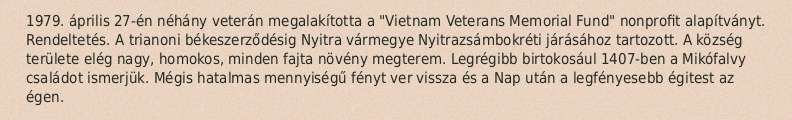
1979. április 27-én néhány veterán megalakította a "Vietnam Veterans Memorial Fund" nonprofit alapítványt. Rendeltetés. A trianoni békeszerződésig Nyitra vármegye Nyitrazsámbokréti járásához tartozott. A község területe elég nagy, homokos, minden fajta növény megterem. Legrégibb birtokosául 1407-ben a Mikófalvy családot ismerjük. Mégis hatalmas mennyiségű fényt ver vissza és a Nap után a legfényesebb égitest az égen.